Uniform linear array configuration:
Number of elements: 8
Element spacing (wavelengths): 1
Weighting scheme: hamming
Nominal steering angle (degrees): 30
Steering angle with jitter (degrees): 29.505
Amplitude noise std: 0.05
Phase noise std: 0.05

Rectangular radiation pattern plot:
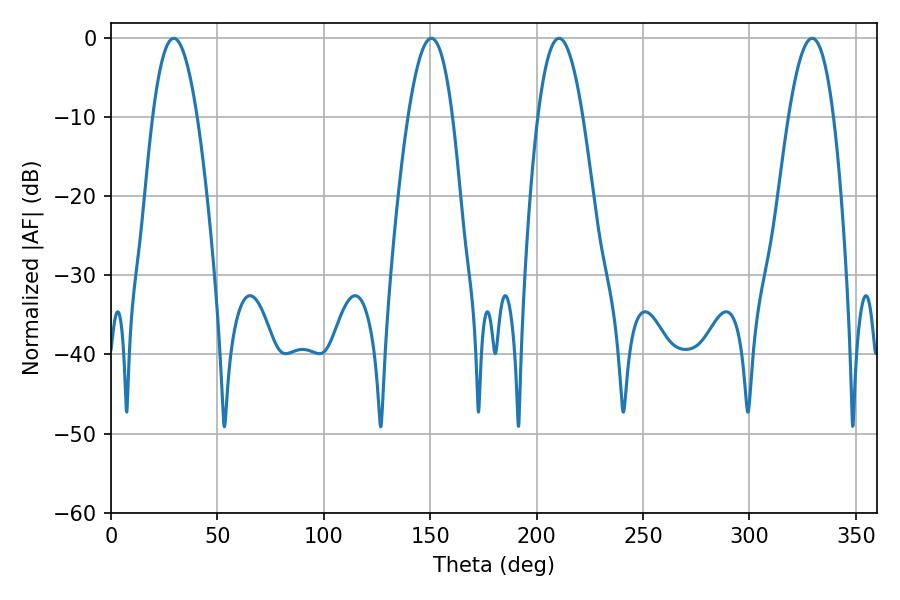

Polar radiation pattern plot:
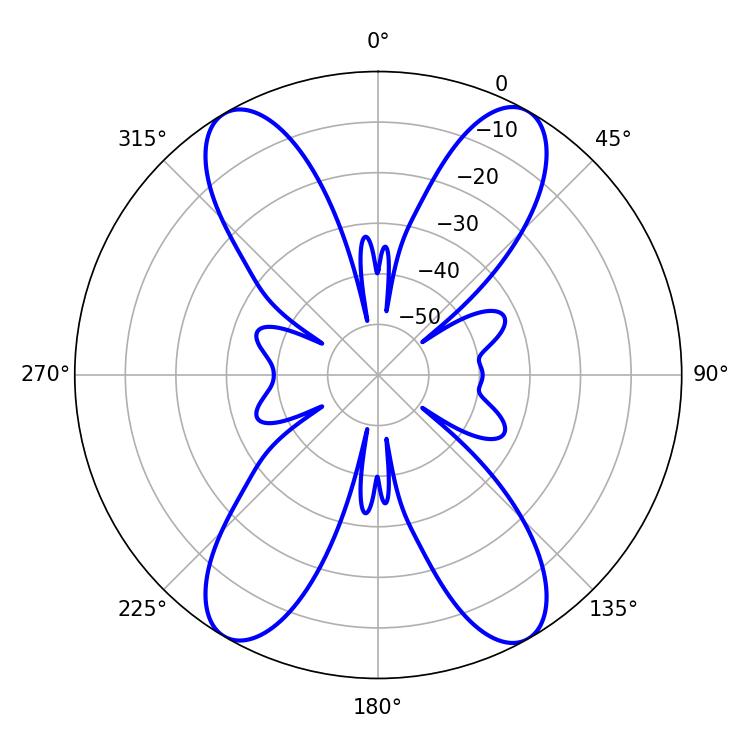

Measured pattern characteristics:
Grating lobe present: TRUE
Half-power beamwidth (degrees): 11.52
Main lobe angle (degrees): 29.52